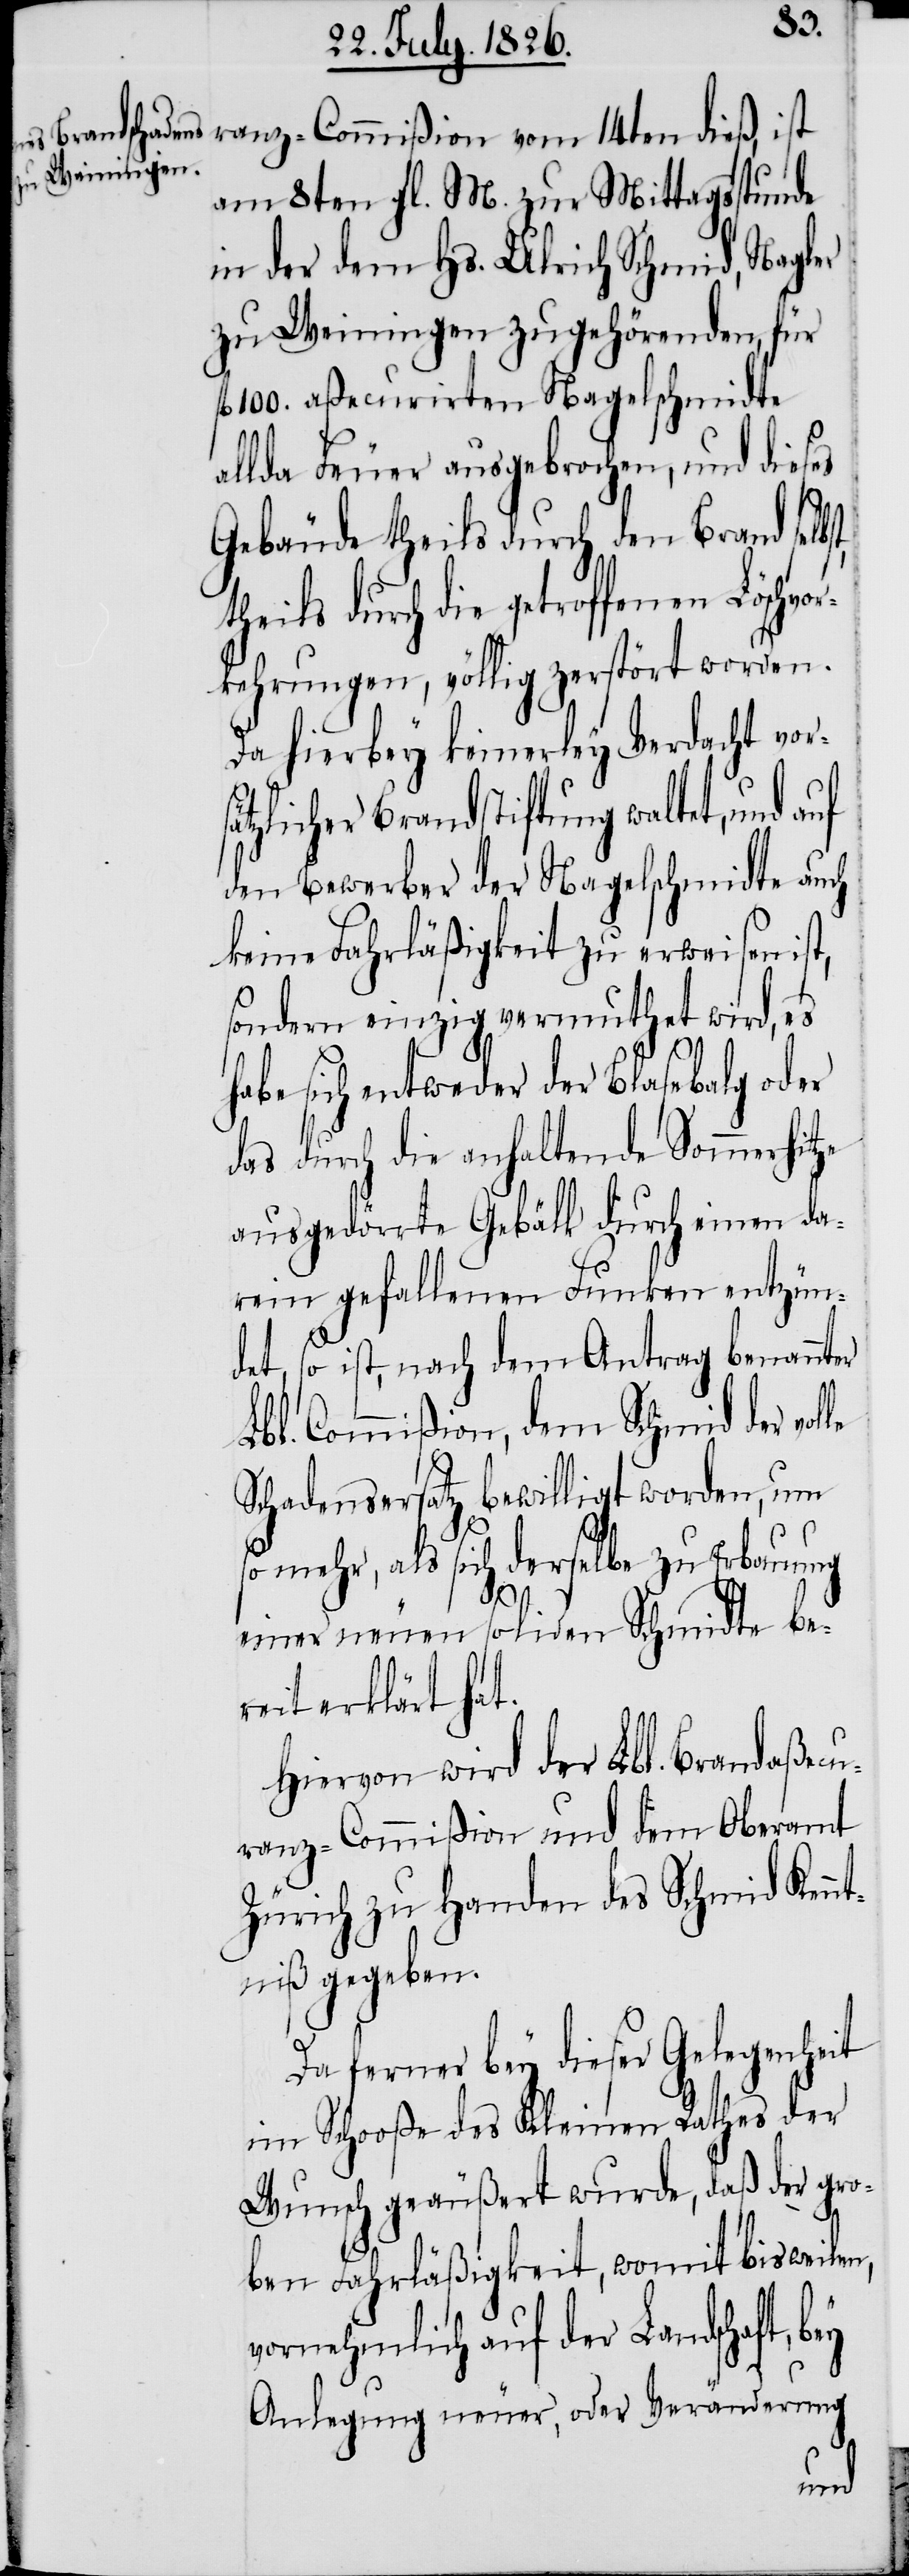
bst, the¬

s¬
ranz-Commißion vom 14ten dieß, ist
am 8ten gl. M. zur Mittagsstunde
in der dem Hs. Ulrich Schmid, Nagler
zu Weiningen zugehörenden, für
100. aßecurirten Nagelschmidte
allda Feuer ausgebrochen, und dieses
Gebäude theils durch den Brand sel¬
ils durch die getroffenen Löschv¬
orkehrungen, völlig zerstört worden.
Da hierbey keinerley Verdacht vor¬
ätzlicher Brandstiftung waltet, und auf
den Bewerber der Nagelschmidte auch
keine Fahrläßigkeit zu erweisen ist,
sondern einzig vermuthet wird, es
habe sich entweder der Blasebalg oder
das durch die anhaltende Sommerhitze
ausgedörrte Gebälk durch einen da¬
rein gefallenen Funken entzün¬
det, so ist, nach dem Antrag benannter
Lbl. Commißion, dem Schmid der
Schadensersatz bewilligt worden, um
so mehr, als sich derselbe zu Erbauung
einer neuen soliden Schmidte be¬
reit erklärt hat.
Hiervon wird der Lbl. Brandaßecu¬
ranz-Commißion und dem Oberamt
Zürich zu Handen des Schmid Kenn¬
tniß gegeben.
Da ferner bey dieser Gelegenheit
im Schooße des Kleinen Rathes der
Wunsch geäußert wurde, daß der gro¬
ben Fahrläßigkeit, womit bisweilen,
vornehmlich auf der Landschaft,
Anlegung neuer, oder Veränderung